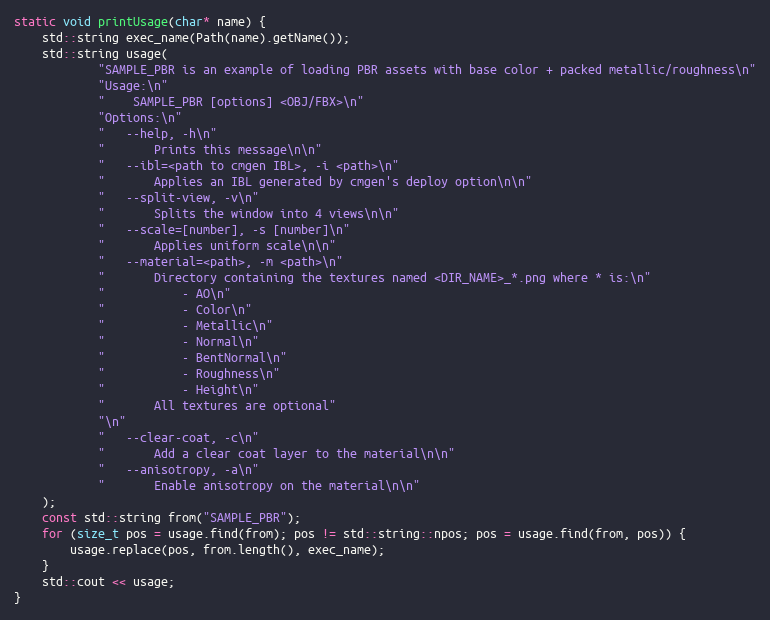
Language: C++
static void printUsage(char* name) {
    std::string exec_name(Path(name).getName());
    std::string usage(
            "SAMPLE_PBR is an example of loading PBR assets with base color + packed metallic/roughness\n"
            "Usage:\n"
            "    SAMPLE_PBR [options] <OBJ/FBX>\n"
            "Options:\n"
            "   --help, -h\n"
            "       Prints this message\n\n"
            "   --ibl=<path to cmgen IBL>, -i <path>\n"
            "       Applies an IBL generated by cmgen's deploy option\n\n"
            "   --split-view, -v\n"
            "       Splits the window into 4 views\n\n"
            "   --scale=[number], -s [number]\n"
            "       Applies uniform scale\n\n"
            "   --material=<path>, -m <path>\n"
            "       Directory containing the textures named <DIR_NAME>_*.png where * is:\n"
            "           - AO\n"
            "           - Color\n"
            "           - Metallic\n"
            "           - Normal\n"
            "           - BentNormal\n"
            "           - Roughness\n"
            "           - Height\n"
            "       All textures are optional"
            "\n"
            "   --clear-coat, -c\n"
            "       Add a clear coat layer to the material\n\n"
            "   --anisotropy, -a\n"
            "       Enable anisotropy on the material\n\n"
    );
    const std::string from("SAMPLE_PBR");
    for (size_t pos = usage.find(from); pos != std::string::npos; pos = usage.find(from, pos)) {
        usage.replace(pos, from.length(), exec_name);
    }
    std::cout << usage;
}